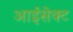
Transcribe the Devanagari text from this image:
आईसेक्ट